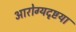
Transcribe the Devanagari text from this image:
आरोग्यदृष्टया